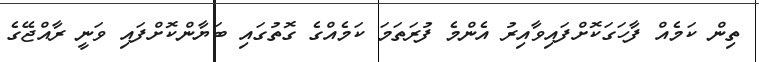
ތިން ކަމެއް ފާހަގަކޮށްފައިވާއިރު އެންމެ ފުރަތަމަ ކަމެއްގެ ގޮތުގައި ބަޔާންކޮށްފައި ވަނީ ރާއްޖޭގެ